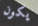
يكون